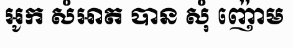
អូក សំអាត បាន សុំ ញ៉ោម